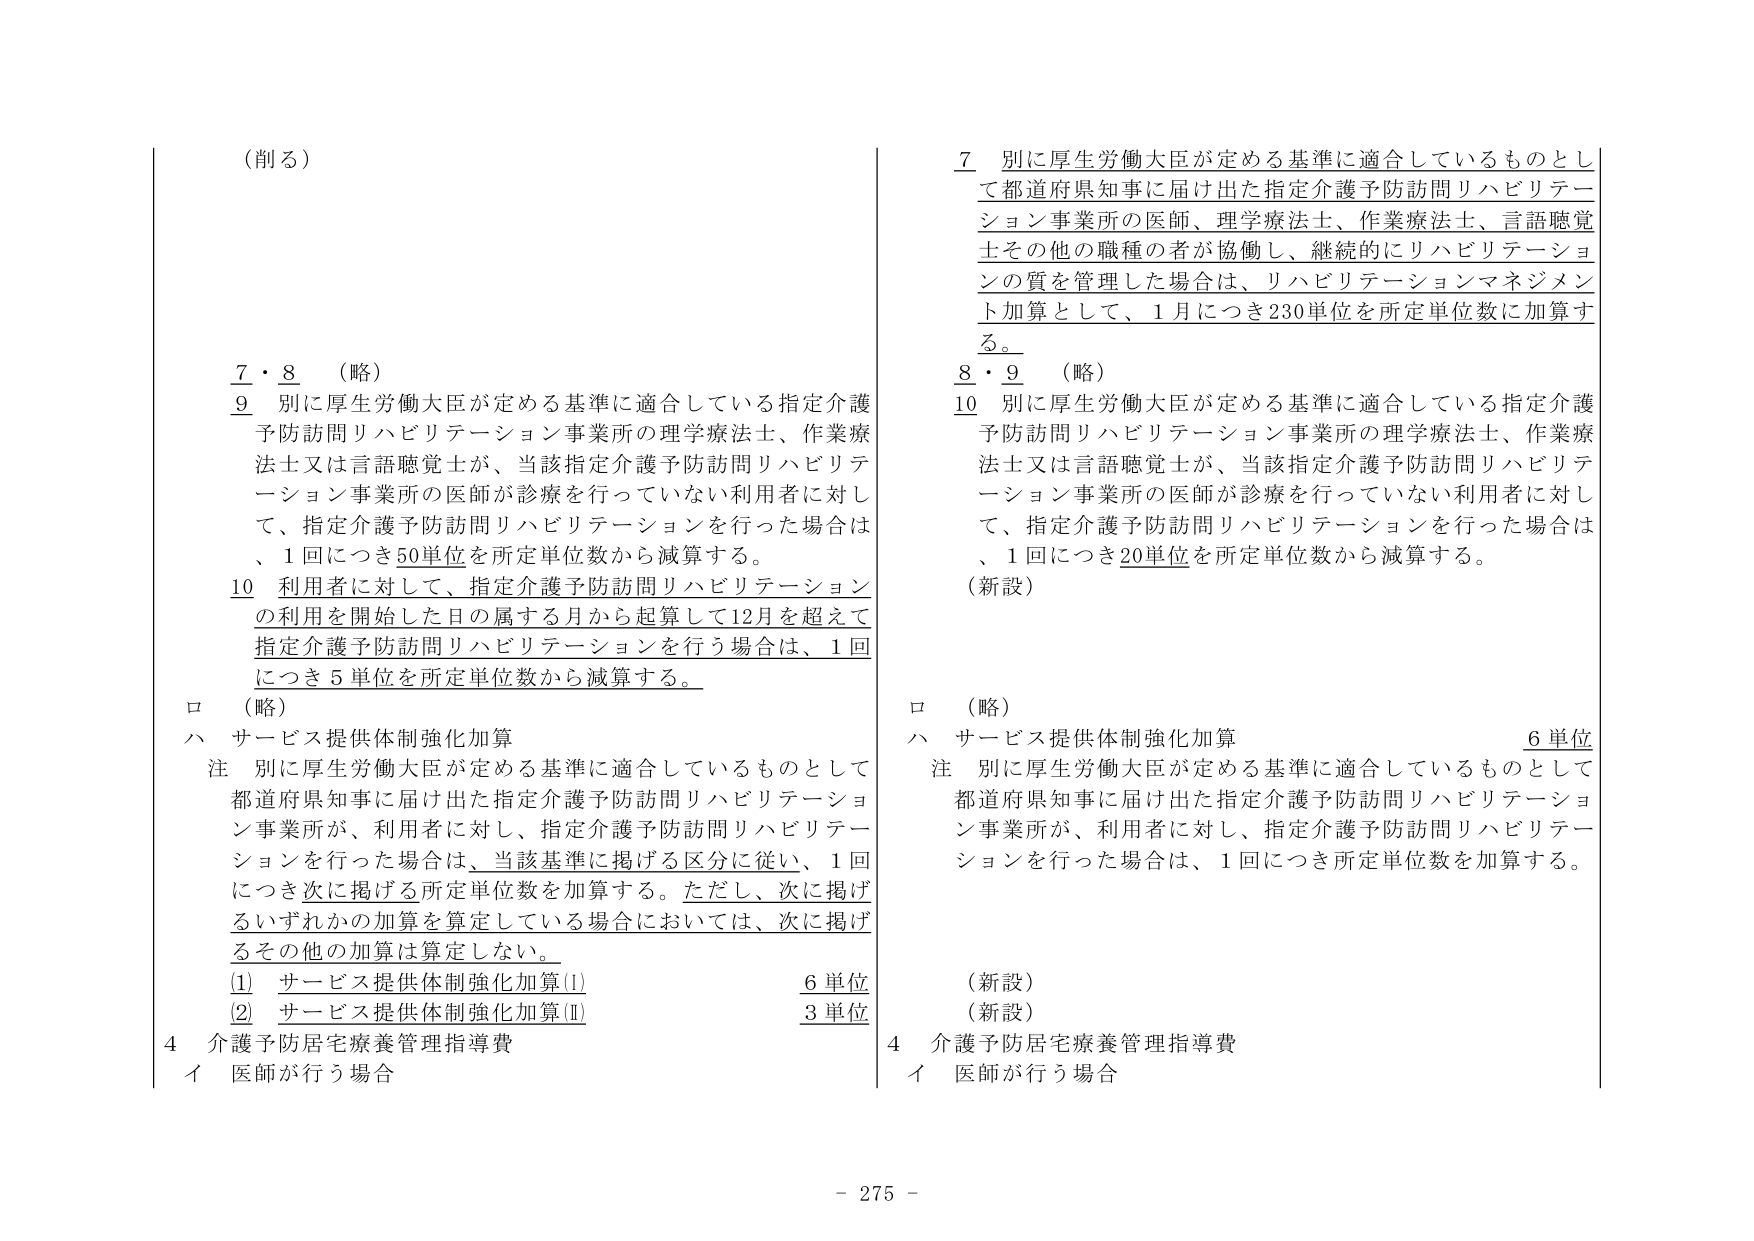
（削る）

7・8 （略）
9 別に厚生労働大臣が定める基準に適合している指定介護予防訪問リハビリテーション事業所の理学療法士、作業療法士又は言語聴覚士が、当該指定介護予防訪問リハビリテーション事業所の医師が診療を行っていない利用者に対して、指定介護予防訪問リハビリテーションを行った場合は、1回につき50単位を所定単位数から減算する。
10 利用者に対して、指定介護予防訪問リハビリテーションの利用を開始した日の属する月から起算して12月を超えて指定介護予防訪問リハビリテーションを行う場合は、1回につき5単位を所定単位数から減算する。

ロ （略）
ハ サービス提供体制強化加算
注 別に厚生労働大臣が定める基準に適合しているものとして都道府県知事に届け出た指定介護予防訪問リハビリテーション事業所が、利用者に対し、指定介護予防訪問リハビリテーションを行った場合は、当該基準に掲げる区分に従い、1回につき次に掲げる所定単位数を加算する。ただし、次に掲げるその他の加算を算定している場合においては、次に掲げるその他の加算は算定しない。
(1) サービス提供体制強化加算(I) 6単位
(2) サービス提供体制強化加算(II) 3単位

4 介護予防居宅療養管理指導費
イ 医師が行う場合

7 別に厚生労働大臣が定める基準に適合しているものとして都道府県知事に届け出た指定介護予防訪問リハビリテーション事業所の医師、理学療法士、作業療法士、言語聴覚士その他の職種の者が協働し、継続的にリハビリテーションの質を管理した場合は、リハビリテーションマネジメント加算として、1月につき230単位を所定単位数に加算する。
8・9 （略）
10 別に厚生労働大臣が定める基準に適合している指定介護予防訪問リハビリテーション事業所の理学療法士、作業療法士又は言語聴覚士が、当該指定介護予防訪問リハビリテーション事業所の医師が診療を行っていない利用者に対して、指定介護予防訪問リハビリテーションを行った場合は、1回につき20単位を所定単位数から減算する。
（新設）

ロ （略）
ハ サービス提供体制強化加算 6単位
注 別に厚生労働大臣が定める基準に適合しているものとして都道府県知事に届け出た指定介護予防訪問リハビリテーション事業所が、利用者に対し、指定介護予防訪問リハビリテーションを行った場合は、1回につき所定単位数を加算する。
（新設）
（新設）

4 介護予防居宅療養管理指導費
イ 医師が行う場合

- 275 -